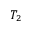
T _ { 2 }